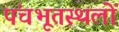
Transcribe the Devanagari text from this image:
पंचभूतस्थलों